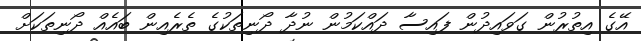
އޭގެ އިތުރުން ގަވައިދުން ފައިސާ ދައްކަމުން ނުދާ ދޯނިތަކުގެ ތެރެއިން ބައެއް ދޯނިތަކަށް